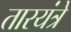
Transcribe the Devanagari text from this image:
तारयंत्रे